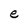
Character: e